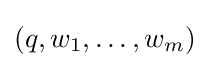
(q,w_{1},\dots ,w_{m})